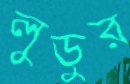
লুডুর